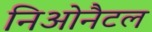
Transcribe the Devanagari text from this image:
निओनैटल